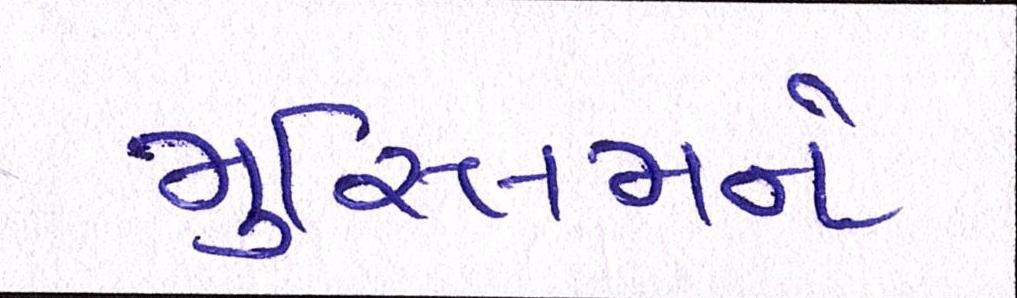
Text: મુસ્લિમને